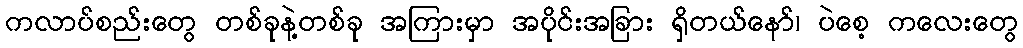
ကလာပ်စည်းတွေ တစ်ခုနဲ့တစ်ခု အကြားမှာ အပိုင်းအခြား ရှိတယ်နော်၊ ပဲစေ့ ကလေးတွေ